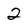
Character: 2